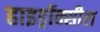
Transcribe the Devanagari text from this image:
हाइड्रॉक्सील